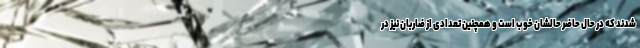
شدند که در حال حاضر حالشان خوب است و همچنین تعدادی از ضاربان نیز در